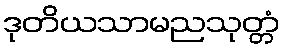
ဒုတိယသာမညသုတ္တံ